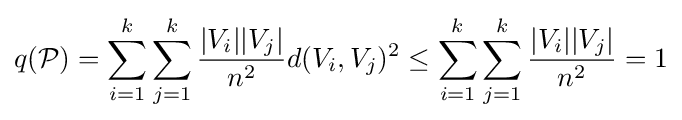
q({\mathcal {P}})=\sum _{i=1}^{k}\sum _{j=1}^{k}{\frac {|V_{i}||V_{j}|}{n^{2}}}d(V_{i},V_{j})^{2}\leq \sum _{i=1}^{k}\sum _{j=1}^{k}{\frac {|V_{i}||V_{j}|}{n^{2}}}=1